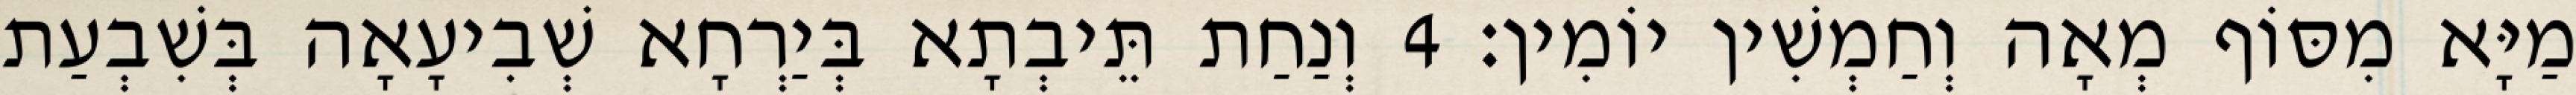
מַיָּא מִסּוֹף מְאָה וְחַמְשִׁין יוֹמִין׃ 4 וְנַחַת תֵּיבְתָא בְּיַרְחָא שְׁבִיעָאָה בְּשִׁבְעַת